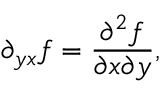
\partial _ { y x } f = { \frac { \partial ^ { 2 } f } { \partial x \partial y } } ,